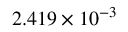
2 . 4 1 9 \times 1 0 ^ { - 3 }